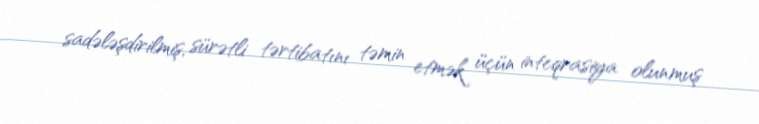
sadələşdirilmiş, sürətli tərtibatını təmin etmək üçün inteqrasiya olunmuş